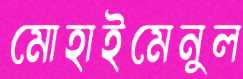
মোহাইমেনুল